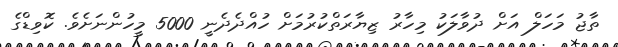
ތާޖު މަހަލް އަށް ދުވާލަކު މިހާރު ޒިޔާރަތްކުރުމަށް ހުއްދެދެނީ 5000 މީހުންނަށެވެ. ކޮވިޑްގެ